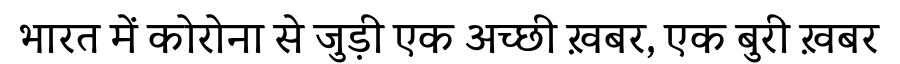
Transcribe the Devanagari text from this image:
भारत में कोरोना से जुड़ी एक अच्छी ख़बर, एक बुरी ख़बर